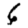
Digit: 6